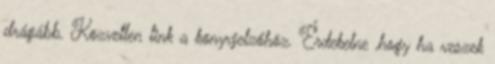
drágább. Közvetlen link a könyvjelzőhöz. Érdekelne ,hogy ha veszek